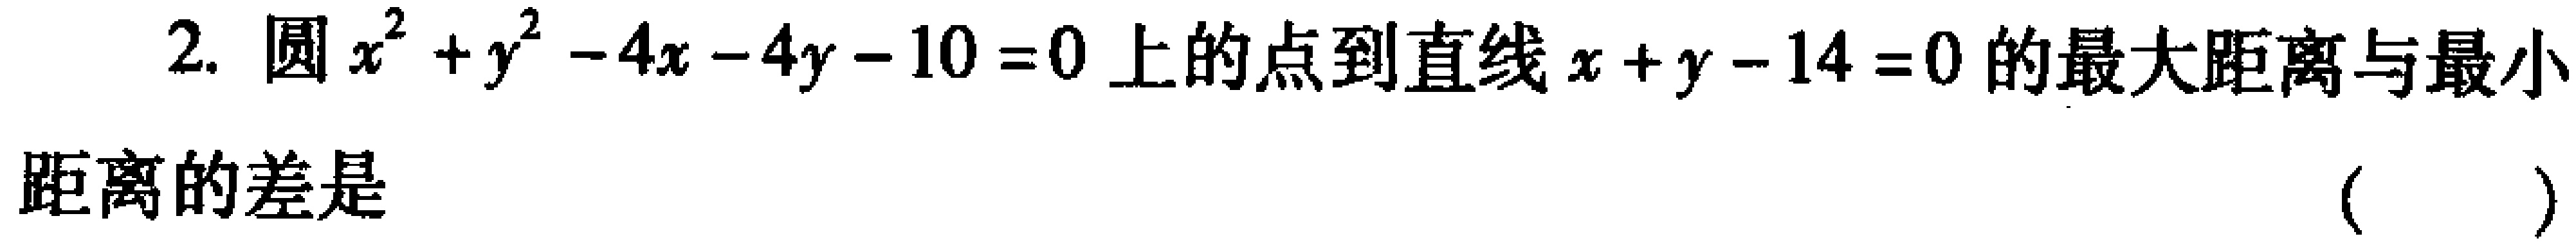
2. 圆\(x^{2}+y^{2}-4x - 4y - 10 = 0\)上的点到直线\(x + y - 14 = 0\)的最大距离与最小
距离的差是 （  ）